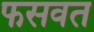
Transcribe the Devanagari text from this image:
फसवत